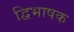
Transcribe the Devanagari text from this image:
द्विभाषक